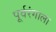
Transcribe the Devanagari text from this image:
पूर्वरंगाला